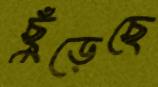
ছুঁড়েছে